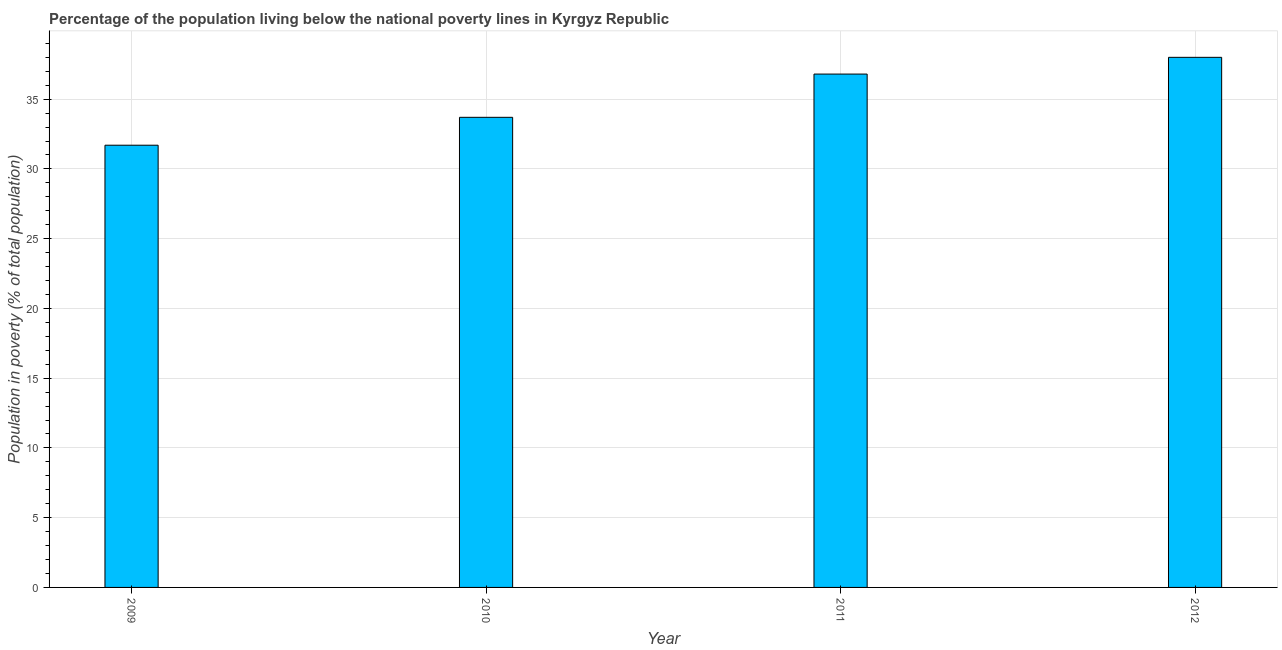
| Year | Poverty headcount ratio |
 | --- | --- |
 | 2009 | 31.7 |
 | 2010 | 33.7 |
 | 2011 | 36.8 |
 | 2012 | 38 |